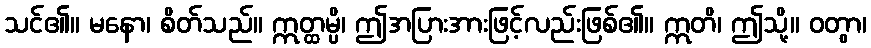
သင်၏။ မနော၊ စိတ်သည်။ ဣတ္ထမ္ပိ၊ ဤအပြားအားဖြင့်လည်းဖြစ်၏။ ဣတိ၊ ဤသို့။ ဝတွာ၊